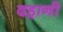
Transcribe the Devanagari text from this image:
दहानी